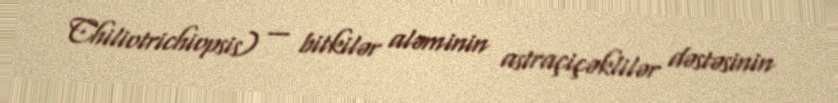
Chiliotrichiopsis) — bitkilər aləminin astraçiçəklilər dəstəsinin